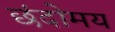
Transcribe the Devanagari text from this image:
छंदोमय